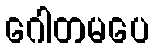
ဂေါတမပေ